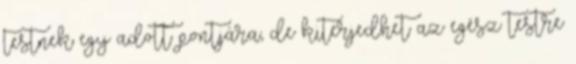
testnek egy adott pontjára, de kiterjedhet az egész testre